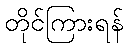
တိုင်ကြားရန်